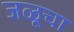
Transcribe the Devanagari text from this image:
जळूचा